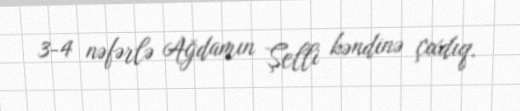
3-4 nəfərlə Ağdamın Şelli kəndinə çıxdıq.